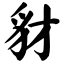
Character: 豺